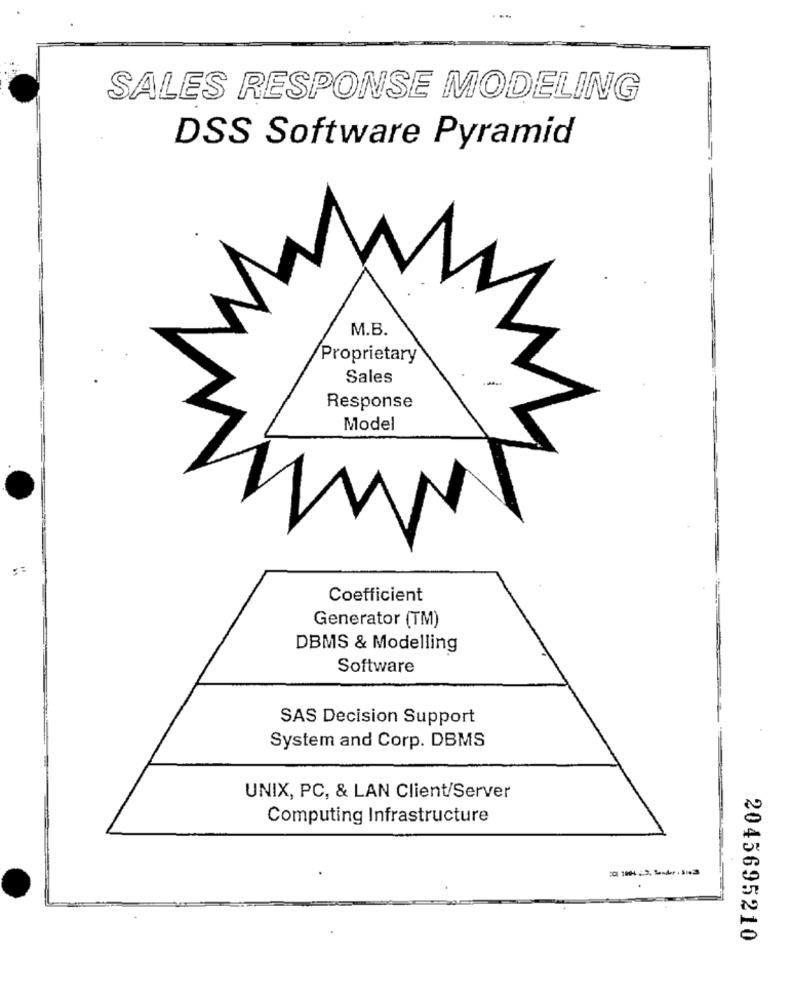
SALES RESPONSE MODELING
DSS Software Pyramid
M.B.
Proprietary
Sales
Response
Model
Coefficient
Generator (TM)
DBMS & Modelling
Software
SAS Decision Support
System and Corp. DBMS
UNIX, PC, & LAN Client/Server
Computing Infrastructure
2045695210